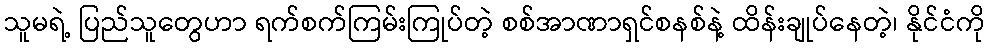
သူမရဲ့ ပြည်သူတွေဟာ ရက်စက်ကြမ်းကြုပ်တဲ့ စစ်အာဏာရှင်စနစ်နဲ့ ထိန်းချုပ်နေတဲ့၊ နိုင်ငံကို